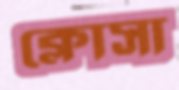
ক্লোসা